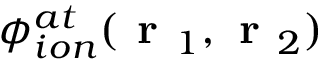
\phi _ { i o n } ^ { a t } ( \textbf { r } _ { 1 } , \textbf { r } _ { 2 } )